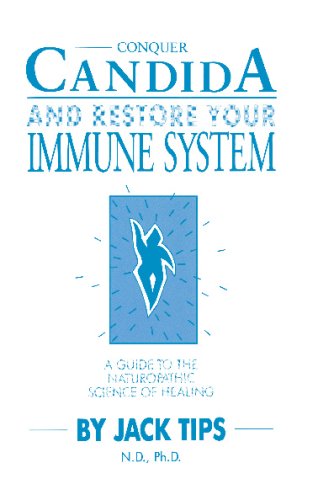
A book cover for Conquer Candida and Restore Your Immune System: A Guide to the Naturopathic Science of Healing; Dr. Jack Tips; Health, Fitness & Dieting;